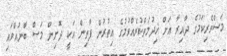
މަސްވެރިކަމުގެ ދާއިރާ އަށް ޚިދުމަތްކުރެއްވުމުގެ އިތުރުން ފާތިން އަކީ ދޮށިން މަސް ބާނުއްވައި